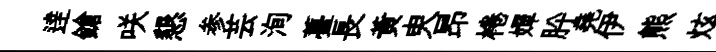
逹鎗咲懇参芸洵薹長黃㬰昂棬嬋肸堯伊熊炫